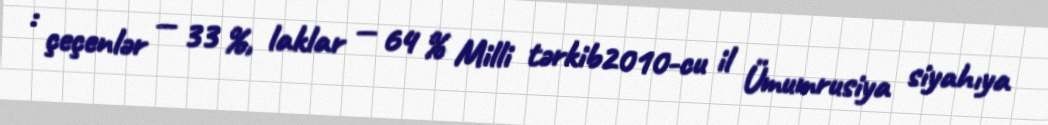
: çeçenlər — 33 %, laklar — 64 % Milli tərkib2010-cu il Ümumrusiya siyahıya